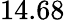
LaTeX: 14.68